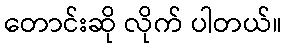
တောင်းဆို လိုက် ပါတယ်။